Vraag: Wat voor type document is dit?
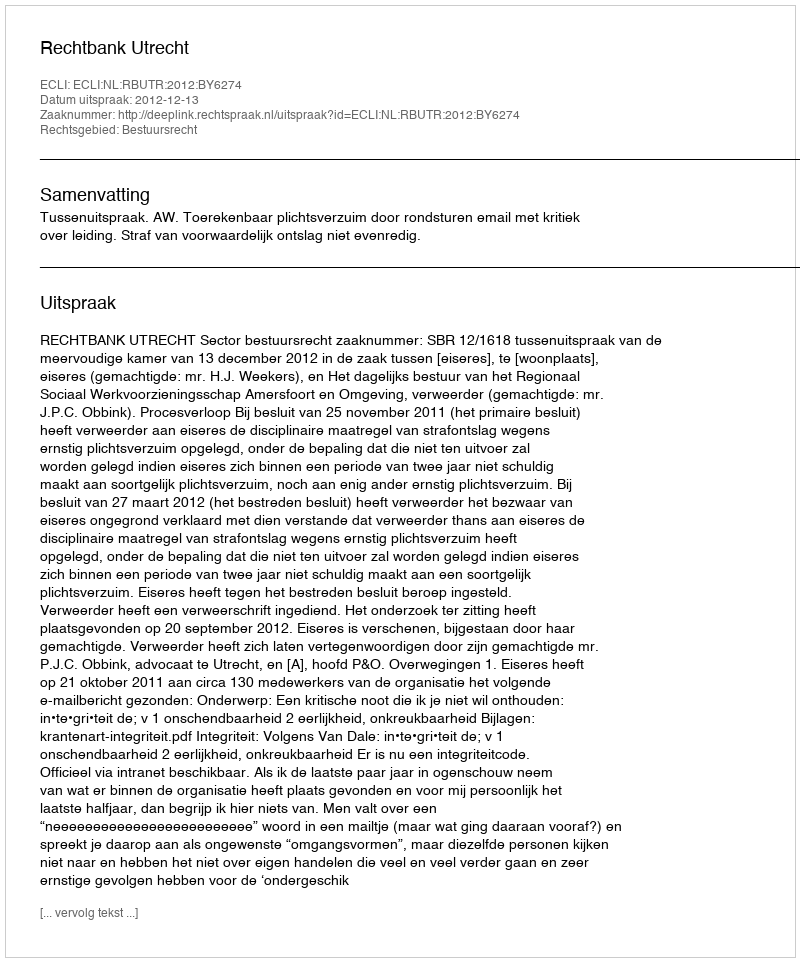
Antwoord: Uitspraak